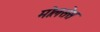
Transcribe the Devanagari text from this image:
मोलसेस